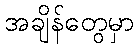
အချိန်တွေမှာ